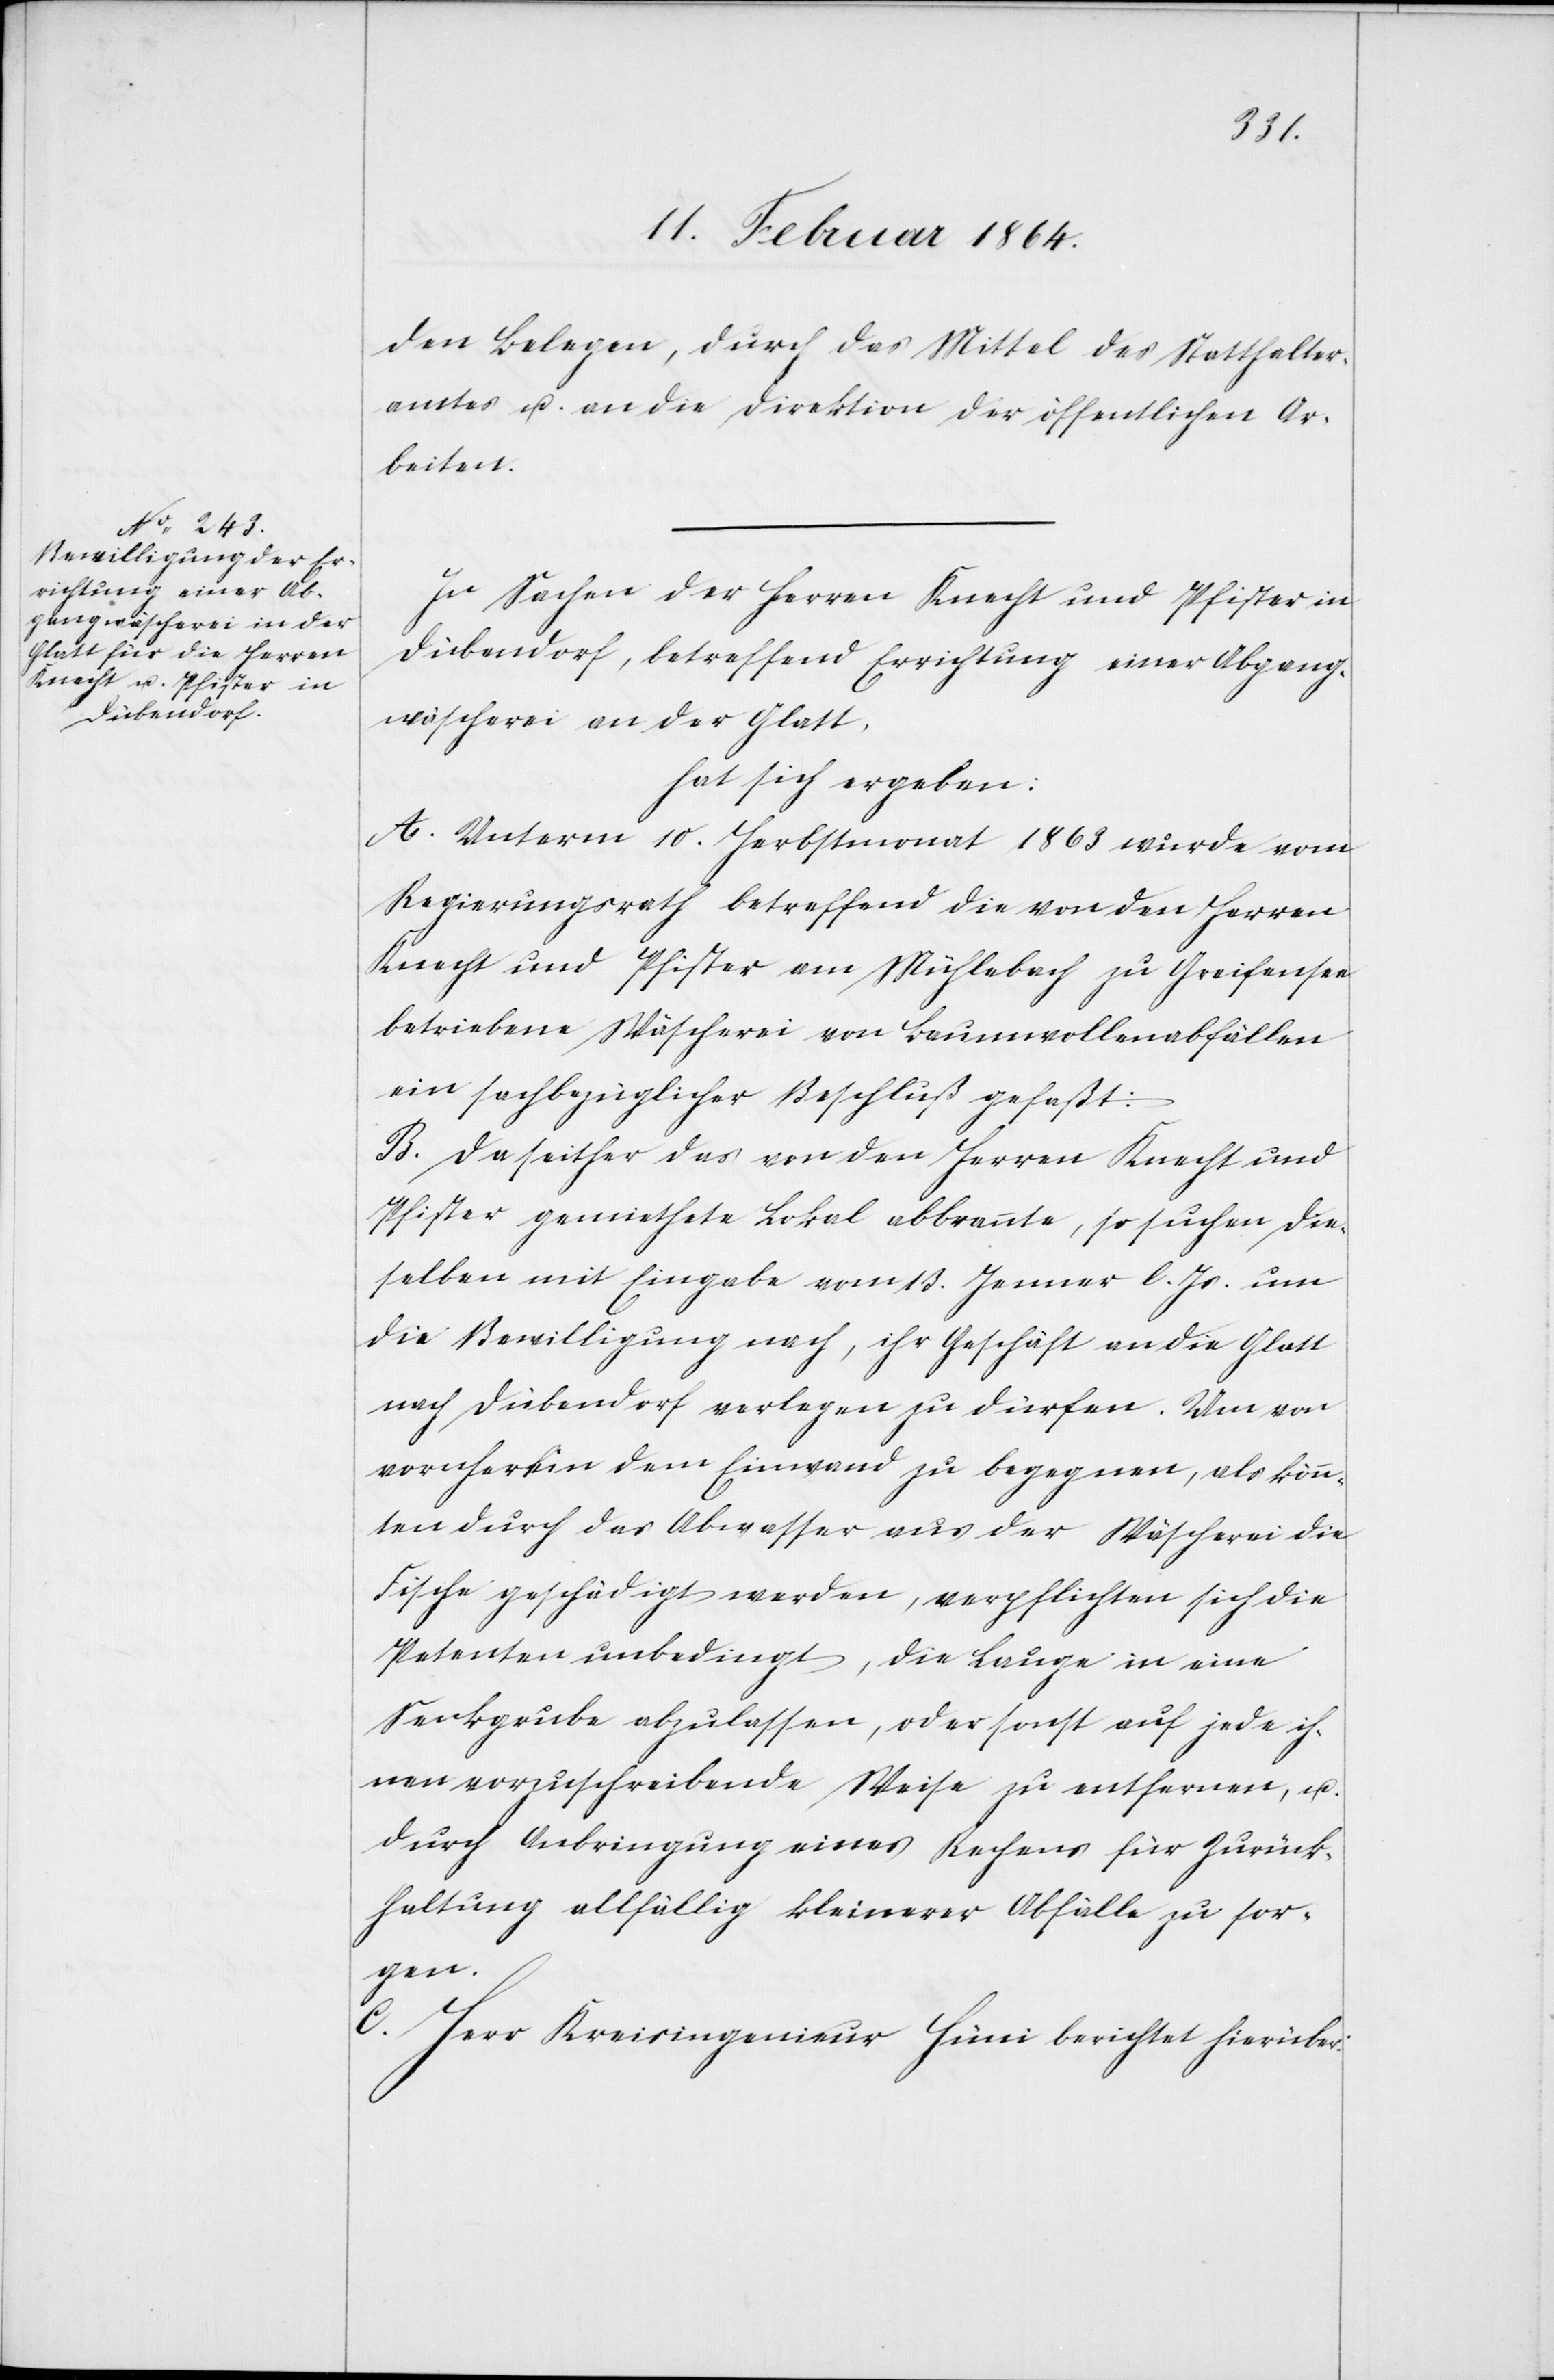
den Belegen, durch das Mittel des Statthalter¬
amtes u. an die Direktion der öffentlichen Ar¬
beiten.
In Sachen der Herren Knecht und Pfister in
Dübendorf, betreffend Errichtung einer Abgang¬
wäscherei aus der Glatt,
hat sich ergeben:
A. Unterm 10. Herbstmonat 1863 wurde vom
Regierungsrath betreffend die von den Herren
Knecht und Pfister am Mühlebach zu Greifensee
betriebene Wäscherei von Baumwollabfällen
ein sachbezüglicher Beschluß gefaßt:
B. Da seither das von den Herren Knecht und
Pfister gemiethete Lokal abbrannte, so suchen die¬
selben mit Eingabe vom 13. Januar l. Js. um
die Bewilligung nach, ihr Geschäft an die Glatt
nach Dübendorf verlegen zu dürfen. Um von
vornherein dem Einwand zu begegnen, als könn¬
ten durch das Abwasser aus der Wäscherei die
Fische geschädigt werden, verpflichten sich die
Petenten unbedingt, die Lauge in eine
Senkgrube abzulassen, oder sonst auf jede ih¬
nen vorzuschreibende Weise zu entfernen, u.
durch Anbringung eines Rechens für Zurück¬
haltung allfällig kleinerer Abfälle zu sor¬
gen.
C. Herr Kreisingenieur Hüni berichtet hierüber: